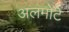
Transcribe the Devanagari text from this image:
अलमोंटे